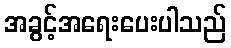
အခွင့်အရေးပေးပါသည်